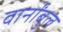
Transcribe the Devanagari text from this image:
वार्नांबुल